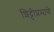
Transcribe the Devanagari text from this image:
शिट्टीप्रमाणे